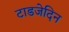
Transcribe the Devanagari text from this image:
टाडजेदिन